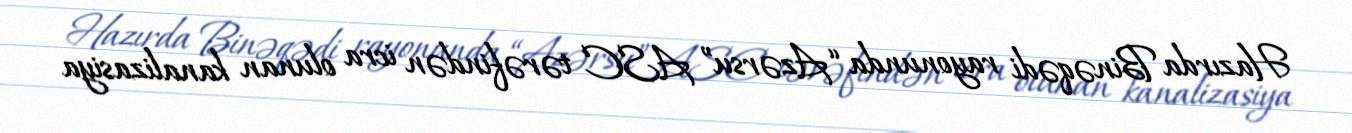
Hazırda Binəqədi rayonunda “Azərsu” ASC tərəfindən icra olunan kanalizasiya